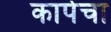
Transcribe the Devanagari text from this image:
कापेचा